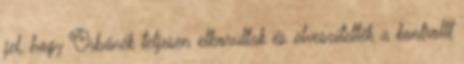
jel, hogy Orbánék teljesen elborultak és elveszítették a kontrollt